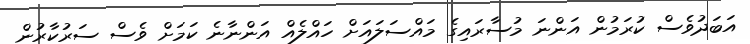
އަބަދުވެސް ކުރަމުން އަންނަ މުސާރައިގެ މައްސަލައަށް ހައްލެއް އަންނާނެ ކަމަށް ވެސް ސަރުކާރުން